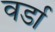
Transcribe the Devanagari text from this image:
वर्डा